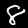
Label: 8